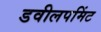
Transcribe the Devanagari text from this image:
डवीलपमिंट